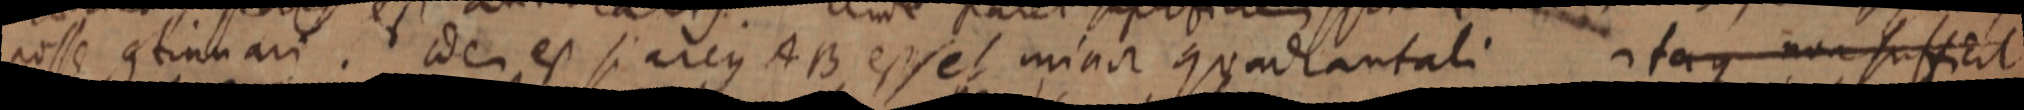
posse continuari. idem est si arcus AB esset minor quadrantali itaque non sufficit